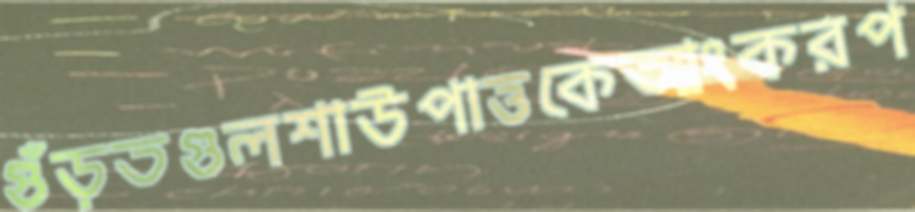
গুঁড়তগুলশাউপাত্তকেআংকরপ